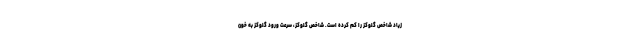
زیاد شاخص گلوکز را کم کرده است. شاخص گلوکز، سرعت ورود گلوکز به خون